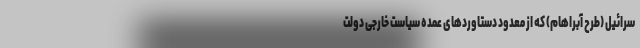
سرائیل (طرح آبراهام) که از معدود دستاوردهای عمده سیاست خارجی دولت